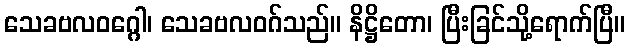
သေခဗလဝဂ္ဂေါ၊ သေခဗလဝဂ်သည်။ နိဋ္ဌိတော၊ ပြီးခြင်သို့ရောက်ပြီ။